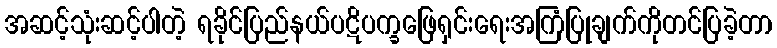
အဆင့်သုံးဆင့်ပါတဲ့ ရခိုင်ပြည်နယ်ပဋိပက္ခဖြေရှင်းရေးအကြံပြုချက်ကိုတင်ပြခဲ့တာ